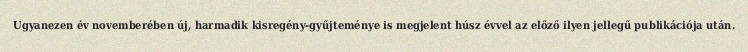
Ugyanezen év novemberében új, harmadik kisregény-gyűjteménye is megjelent húsz évvel az előző ilyen jellegű publikációja után.